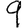
Digit: 9